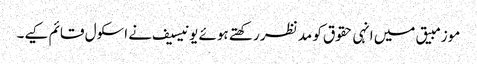
موزمبیق میں انہی حقوق کو مد نظر رکھتے ہوئے یونیسیف نے اسکول قائم کیے۔